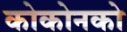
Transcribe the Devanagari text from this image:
कोकोनको